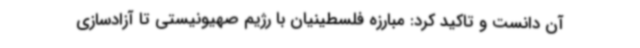
آن دانست و تاکید کرد: مبارزه فلسطینیان با رژیم صهیونیستی تا آزادسازی